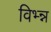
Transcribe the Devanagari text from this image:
विभ्न्न